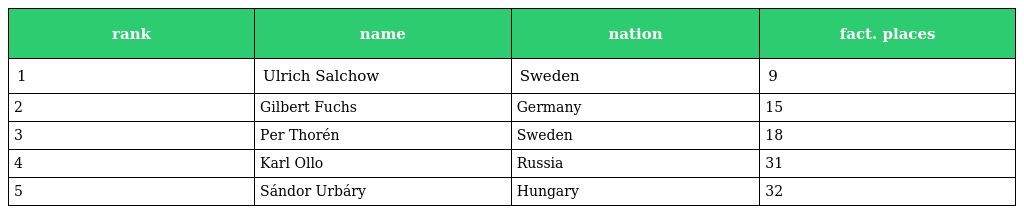
| rank | name | nation | fact. places |
 | --- | --- | --- | --- |
 | 1 | Ulrich Salchow | Sweden | 9 |
 | 2 | Gilbert Fuchs | Germany | 15 |
 | 3 | Per Thorén | Sweden | 18 |
 | 4 | Karl Ollo | Russia | 31 |
 | 5 | Sándor Urbáry | Hungary | 32 |